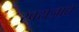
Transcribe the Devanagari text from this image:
स्वराजात